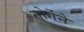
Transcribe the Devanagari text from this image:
नोर्गेने